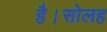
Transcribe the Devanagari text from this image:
है।सोलह